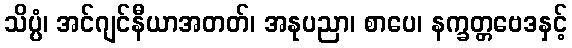
သိပ္ပံ၊ အင်ဂျင်နီယာအတတ်၊ အနုပညာ၊ စာပေ၊ နက္ခတ္တဗေဒနှင့်